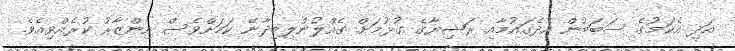
އަދި އެކަމުގެ ސަބަބުން އެދެގައުމާއި ރަޝިޔާގެ ގުޅުމަށް ގެއްލުންލިބިދާނޭ ކަމަށްވެސް އިންޒާރު ކުރެއްވިއެވެ.